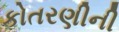
કોતરણીની